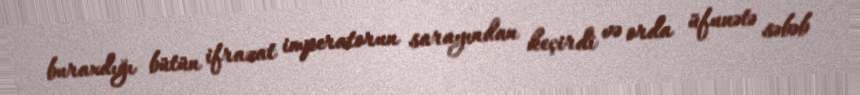
buraxdığı bütün ifrazat imperatorun sarayından keçirdi və orda üfunətə səbəb